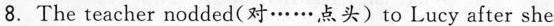
8.The teacher nodded(对……点头)to Lucy after she